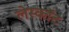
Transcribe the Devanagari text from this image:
लेस्कॉट